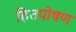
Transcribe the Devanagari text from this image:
हितपोषण